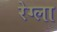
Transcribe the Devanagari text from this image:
रेग्ला